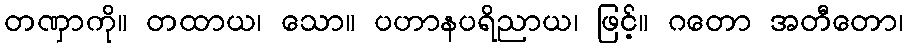
တဏှာကို။ တထာယ၊ သော။ ပဟာနပရိညာယ၊ ဖြင့်။ ဂတော အတီတော၊